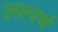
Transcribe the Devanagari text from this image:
लल्वर्थ